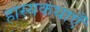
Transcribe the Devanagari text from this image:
हास्यकथाएँ